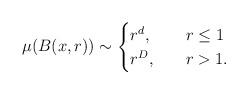
LaTeX: \begin{align*} \mu(B(x,r))\sim \begin{cases} r^{d}, \ \ \ &r\leq 1\\ r^{D},\ \ \ &r> 1. \end{cases}\end{align*}